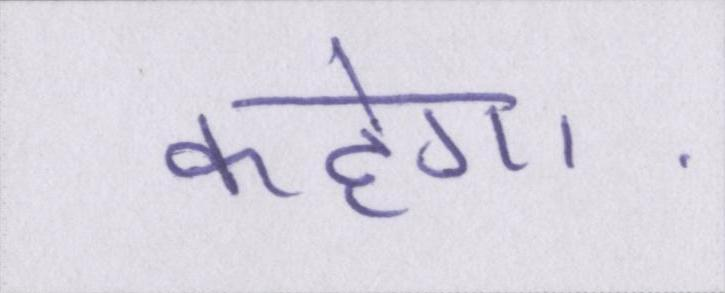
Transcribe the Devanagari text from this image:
कहेगा